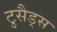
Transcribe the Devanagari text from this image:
टुसैड्स